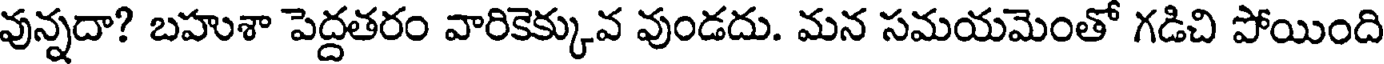
వున్నదా? బహుశా పెద్దతరం వారికెక్కువ వుండదు. మన సమయమెంతో గడిచి పోయింది